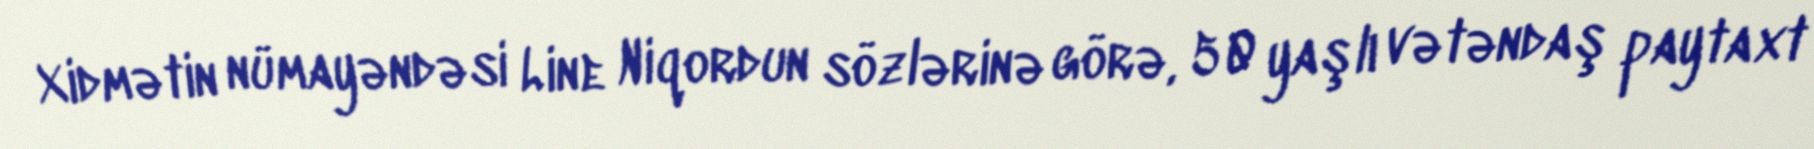
Xidmətin nümayəndəsi Line Niqordun sözlərinə görə, 50 yaşlı vətəndaş paytaxt